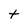
Character: t